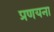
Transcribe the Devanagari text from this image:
प्रणयना